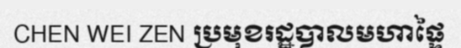
CHEN WEI ZEN ប្រមុខរដ្ឋបាលមហាផ្ទៃ